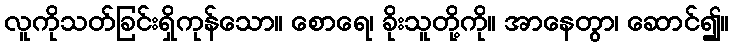
လူကိုသတ်ခြင်းရှိကုန်သော။ စောရေ၊ ခိုးသူတို့ကို။ အာနေတွာ၊ ဆောင်၍။